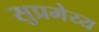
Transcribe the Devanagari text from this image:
सुप्रमेय्य